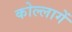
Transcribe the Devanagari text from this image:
कोल्लागें